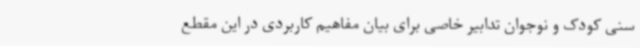
سنی کودک و نوجوان تدابیر خاصی برای بیان مفاهیم کاربردی در این مقطع